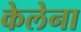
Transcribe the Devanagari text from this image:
केलेना